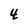
Character: 4